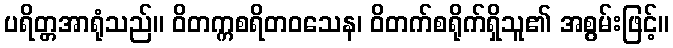
ပရိတ္တအာရုံသည်။ ဝိတက္ကစရိတဝသေန၊ ဝိတက်စရိုက်ရှိသူ၏ အစွမ်းဖြင့်။